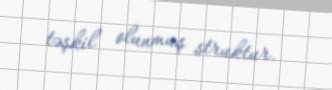
təşkil olunmuş struktur.